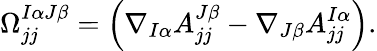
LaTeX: \Omega_{jj}^{I\alpha J\beta}=\left(\nabla_{I\alpha}A_{jj}^{J\beta}-\nabla_{J\beta}A_{jj}^{I\alpha}\right).